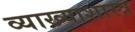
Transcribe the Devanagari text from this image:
व्याख्याशास्त्र